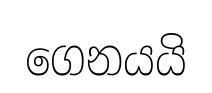
ගෙනයයි